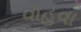
વાહવા